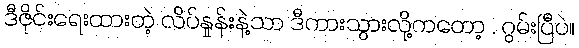
ဒီဇိုင်းရေးထားတဲ့ လိပ်နှုန်းနဲ့သာ ဒီကားသွားလို့ကတော့ . ဂွမ်းပြီပဲ။